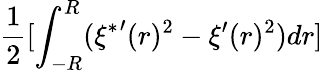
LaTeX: \frac{1}{2}[\int_{-R}^{R}({\xi^{*}}^{\prime}(r)^{2}-\xi^{\prime}(r)^{2})dr]